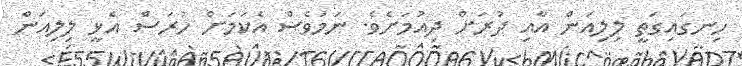
ހިނގައިގަތީ ލިލިއަން އާއި ދުރަށް ދިއުމަށެވެ. ނަމަވެސް އެކަމަށް ހުރަސް އެޅީ ލިލިއަން